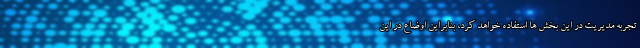
تجربه مدیریت در این بخش ها استفاده خواهد کرد، بنابراین اوضاع در این